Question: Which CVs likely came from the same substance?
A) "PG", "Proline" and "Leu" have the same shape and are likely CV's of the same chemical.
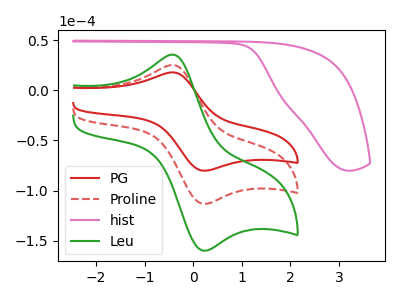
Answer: <think>The red curve "PG" has an anodic peak at (-0.40V, 17.80uA) and a cathodic peak at (0.25V, -80.30uA). The red dashed curve "Proline" has an anodic peak at (-0.40V, 25.10uA) and a cathodic peak at (0.25V, -113.35uA). The pink curve "hist" has no peaks. The green curve "Leu" has an anodic peak at (-0.40V, 50.20uA) and a cathodic peak at (0.25V, -226.75uA).
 All the peaks in "PG" have a peak in "Proline" at the same potential. Every peak in "PG" is lower than every peak in "Proline". "PG" and "hist" have a different number of peaks. All the peaks in "PG" have a peak in "Leu" at the same potential. Every peak in "PG" is lower than every peak in "Leu". "Proline" and "hist" have a different number of peaks. All the peaks in "Proline" have a peak in "Leu" at the same potential. Every peak in "Proline" is lower than every peak in "Leu". "hist" and "Leu" have a different number of peaks.</think>
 <answer>A) "PG", "Proline" and "Leu" have the same shape and are likely CV's of the same chemical.</answer>
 <eval>A</eval>